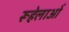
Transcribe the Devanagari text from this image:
रूहेलाओं